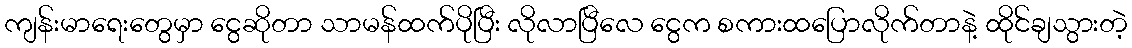
ကျန်းမာရေးတွေမှာ ငွေဆိုတာ သာမန်ထက်ပိုပြီး လိုလာပြီလေ ငွေက စကားထပြောလိုက်တာနဲ့ ထိုင်ချသွားတဲ့